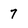
Character: 7